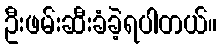
ဦးဖမ်းဆီးခံခဲ့ရပါတယ်။